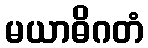
မယာဓိဂတံ